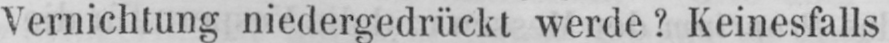
Vernichtung niedergedrückt werde? Keinesfalls